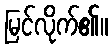
မြင်လိုက်၏။